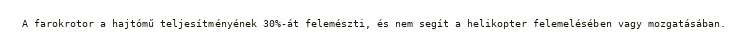
A farokrotor a hajtómű teljesítményének 30%-át felemészti, és nem segít a helikopter felemelésében vagy mozgatásában.